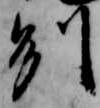
州